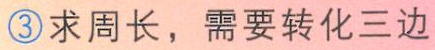
\textcircled{3}求周长，需要转化三边